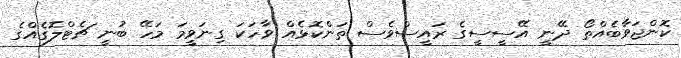
ކޮންޖަވާބެއްތޯ ދޭނީ އޭސީސީގެ ރައީސްވެސް ތަންކޮޅެއް ވާހަކަ ގިނަވީމަ މަހޭ ބުނީ ޗެޓްލޮގެއްގެ